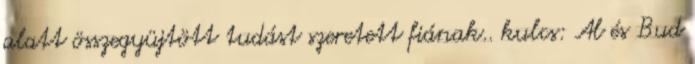
alatt összegyüjtött tudást szeretett fiának.. kulcs: Al és Bud